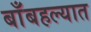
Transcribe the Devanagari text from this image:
बाँबहल्यात